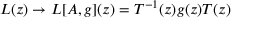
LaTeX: L ( z ) \rightarrow { \cal L } [ A , g ] ( z ) = T ^ { - 1 } ( z ) g ( z ) T ( z )